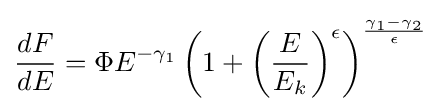
{\frac {dF}{dE}}=\Phi E^{-\gamma _{1}}\left(1+\left({\frac {E}{E_{k}}}\right)^{\epsilon }\right)^{\frac {\gamma _{1}-\gamma _{2}}{\epsilon }}